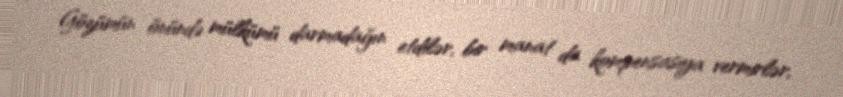
Gözümün önündə mülkümü darmadağın etdilər, bir manat da kompensasiya vermirlər,